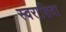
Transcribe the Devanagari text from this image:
स्वराशिवा